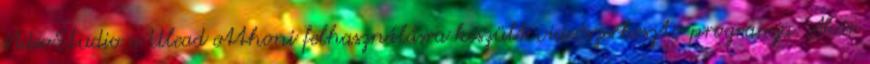
VideoStudio a Ulead otthoni felhasználásra készült videószerkesztõ programja. Akár